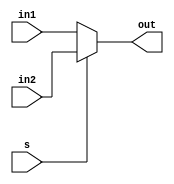
`timescale 1ns / 1ps
//////////////////////////////////////////////////////////////////////////////////
// Company: 
// Engineer: 
// 
// Design Name: 
// Module Name:    mux 
// Project Name: 
// Target Devices: 
// Tool versions: 
// Description: 
//
// Dependencies: 
//
// Revision: 
// Revision 0.01 - File Created
// Additional Comments: 
//
//////////////////////////////////////////////////////////////////////////////////
module mux(input [31:0] in1,in2,
			  input s,
			  output [31:0] out
    );

		assign out = (s == 0) ? in1 : in2;

endmodule